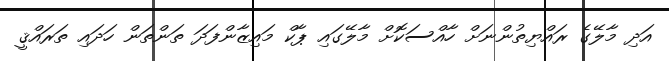
އަދި މާލޭގެ ރައްޔިތުންނަށް ހާއްސަކޮށް މާލޭގައި ޕާކް މައިޒާންފަދަ ތަންތަން ހަދައި ތަރައްޤީ